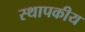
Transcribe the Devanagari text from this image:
स्थापकीय